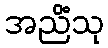
အညိံသု